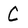
Character: C